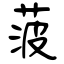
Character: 菠